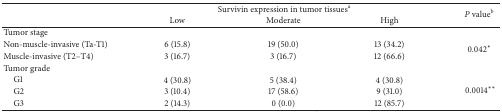
<table><thead><tr><td><b> </b></td><td colspan="3"><b>Survivin expression in tumor tissues<sup>a</sup></b></td><td rowspan="2"><b><i>P</i> value<sup>b</sup></b></td></tr><tr><td><b> </b></td><td><b>Low</b></td><td><b>Moderate</b></td><td><b>High</b></td></tr></thead><tbody><tr><td>Tumor stage</td><td> </td><td> </td><td> </td><td> </td></tr><tr><td>Non-muscle-invasive (Ta-T1)</td><td>6 (15.8)</td><td>19 (50.0)</td><td>13 (34.2)</td><td rowspan="2">0.042*</td></tr><tr><td>Muscle-invasive (T2–T4)</td><td>3 (16.7)</td><td> 3 (16.7)</td><td>12 (66.6)</td></tr><tr><td>Tumor grade</td><td> </td><td> </td><td> </td><td> </td></tr><tr><td> G1</td><td>4 (30.8)</td><td> 5 (38.4)</td><td> 4 (30.8)</td><td rowspan="3"> 0.0014**</td></tr><tr><td> G2</td><td>3 (10.4)</td><td>17 (58.6)</td><td> 9 (31.0)</td></tr><tr><td> G3</td><td>2 (14.3)</td><td> 0 (0.0)</td><td>12 (85.7)</td></tr></tbody></table>